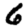
Digit: 6